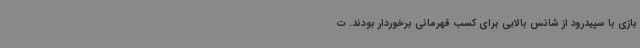
بازی با سپیدرود از شانس بالایی برای کسب قهرمانی برخوردار بودند. ت